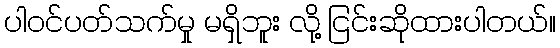
ပါဝင်ပတ်သက်မှု မရှိဘူး လို့ ငြင်းဆိုထားပါတယ်။